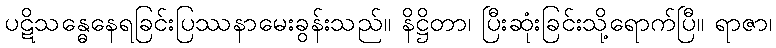
ပဋိသန္ဓေနေရခြင်းပြဿနာမေးခွန်းသည်။ နိဋ္ဌိတာ၊ ပြီးဆုံးခြင်းသို့ရောက်ပြီ။ ရာဇာ၊